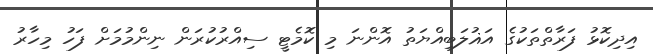
އިދިކޮޅު ފަރާތްތަކުގެ އަޣުލަބިއްޔަތު އޮންނަ މި ކޮމެޓީ ސިއްރުކުރަން ނިންމުމަށް ފަހު މިހާރު